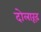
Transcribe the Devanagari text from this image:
दोलारूढ़